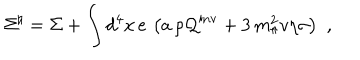
LaTeX: { \Sigma } ^ { \natural } = \Sigma + \int d ^ { 4 } x \, e \, \left( a \, \rho { \cal Q } ^ { \mathrm { i n v } } + 3 \, m _ { \pi } ^ { 2 } v \eta \sigma \right) \, \, ,